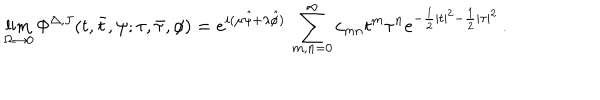
\lim _ { \Omega \to 0 } \Phi ^ { \Delta , J } ( t , \bar { t } , \psi ; \tau , \bar { \tau } , \phi ) = e ^ { i ( \mu \hat { \psi } + \lambda \hat { \phi } ) } \, \sum _ { m , n = 0 } ^ { \infty } c _ { m n } t ^ { m } \tau ^ { n } e ^ { - \frac { 1 } { 2 } | t | ^ { 2 } - \frac { 1 } { 2 } | \tau | ^ { 2 } } \, .